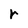
Character: r